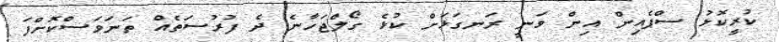
ކުރީކޮޅު ސްޕެއިން އިން ވަނީ ރަނގަޅަށް ކުޅެ ގޯލްޖަހާނެ ދެ ފުރުސަތެއް ތަނަވަސްކޮށްފަ